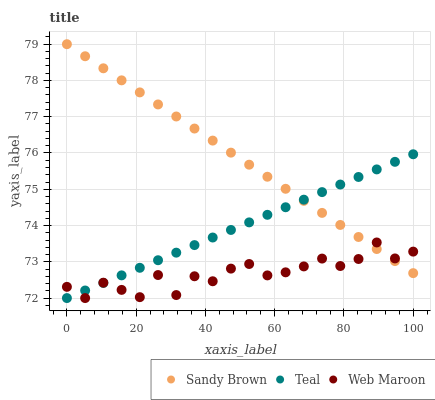
| xaxis_label | Sandy Brown | Teal | Web Maroon |
 | --- | --- | --- | --- |
 | 0 | 79 | 72 | 72.3 |
 | 5.26 | 78.7 | 72.2 | 72 |
 | 10.5 | 78.3 | 72.4 | 72.4 |
 | 15.8 | 78 | 72.6 | 72.2 |
 | 21.1 | 77.7 | 72.8 | 72 |
 | 26.3 | 77.3 | 73 | 72.6 |
 | 31.6 | 77 | 73.3 | 72.1 |
 | 36.8 | 76.7 | 73.5 | 72.6 |
 | 42.1 | 76.3 | 73.7 | 72.5 |
 | 47.4 | 76 | 73.9 | 72.8 |
 | 52.6 | 75.7 | 74.1 | 72.9 |
 | 57.9 | 75.3 | 74.3 | 72.6 |
 | 63.2 | 75 | 74.5 | 72.7 |
 | 68.4 | 74.7 | 74.7 | 72.9 |
 | 73.7 | 74.3 | 74.9 | 73.1 |
 | 78.9 | 74 | 75.1 | 72.9 |
 | 84.2 | 73.7 | 75.3 | 73.1 |
 | 89.5 | 73.4 | 75.5 | 73.5 |
 | 94.7 | 73 | 75.8 | 73.1 |
 | 100 | 72.7 | 76 | 73.3 |